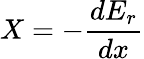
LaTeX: X=-{\frac{dE_{r}}{dx}}